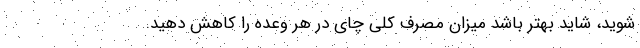
شوید، شاید بهتر باشد میزان مصرف کلی چای در هر وعده را کاهش دهید.